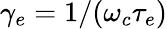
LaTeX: \gamma_{e}=1/(\omega_{c}\tau_{e})